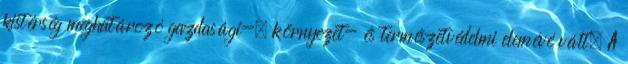
kistérség meghatározó gazdasági-, környezet- és természetvédelmi elemévé vált. A